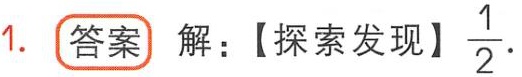
1. 答案 解：【探索发现】$\frac{1}{2}$.